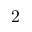
2